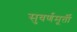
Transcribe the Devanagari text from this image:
सुवर्णमूर्ती